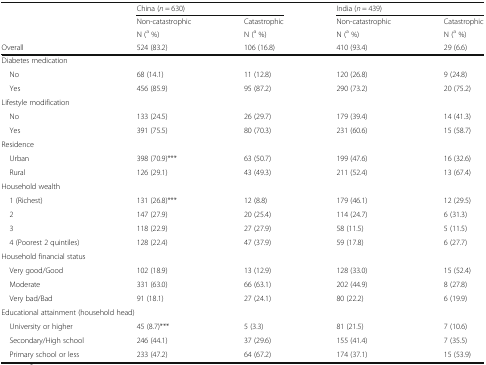
<table><thead><tr><td rowspan="3"></td><td colspan="2"><b>China (<i>n</i> = 630)</b></td><td colspan="2"><b>India (<i>n</i> = 439)</b></td></tr><tr><td><b>Non-catastrophic</b></td><td><b>Catastrophic</b></td><td><b>Non-catastrophic</b></td><td><b>Catastrophic</b></td></tr><tr><td><b>N (<sup>a</sup> %)</b></td><td><b>N (<sup>a</sup> %)</b></td><td><b>N (<sup>a</sup> %)</b></td><td><b>N (<sup>a</sup> %)</b></td></tr><tr><td><b>Overall</b></td><td><b>524 (83.2)</b></td><td><b>106 (16.8)</b></td><td><b>410 (93.4)</b></td><td><b>29 (6.6)</b></td></tr></thead><tbody><tr><td colspan="5">Diabetes medication</td></tr><tr><td> No</td><td>68 (14.1)</td><td>11 (12.8)</td><td>120 (26.8)</td><td>9 (24.8)</td></tr><tr><td> Yes</td><td>456 (85.9)</td><td>95 (87.2)</td><td>290 (73.2)</td><td>20 (75.2)</td></tr><tr><td colspan="5">Lifestyle modification</td></tr><tr><td> No</td><td>133 (24.5)</td><td>26 (29.7)</td><td>179 (39.4)</td><td>14 (41.3)</td></tr><tr><td> Yes</td><td>391 (75.5)</td><td>80 (70.3)</td><td>231 (60.6)</td><td>15 (58.7)</td></tr><tr><td colspan="5">Residence</td></tr><tr><td> Urban</td><td>398 (70.9)***</td><td>63 (50.7)</td><td>199 (47.6)</td><td>16 (32.6)</td></tr><tr><td> Rural</td><td>126 (29.1)</td><td>43 (49.3)</td><td>211 (52.4)</td><td>13 (67.4)</td></tr><tr><td colspan="5">Household wealth</td></tr><tr><td> 1 (Richest)</td><td>131 (26.8)***</td><td>12 (8.8)</td><td>179 (46.1)</td><td>12 (29.5)</td></tr><tr><td> 2</td><td>147 (27.9)</td><td>20 (25.4)</td><td>114 (24.7)</td><td>6 (31.3)</td></tr><tr><td> 3</td><td>118 (22.9)</td><td>27 (27.9)</td><td>58 (11.5)</td><td>5 (11.5)</td></tr><tr><td> 4 (Poorest 2 quintiles)</td><td>128 (22.4)</td><td>47 (37.9)</td><td>59 (17.8)</td><td>6 (27.7)</td></tr><tr><td colspan="5">Household financial status</td></tr><tr><td> Very good/Good</td><td>102 (18.9)</td><td>13 (12.9)</td><td>128 (33.0)</td><td>15 (52.4)</td></tr><tr><td> Moderate</td><td>331 (63.0)</td><td>66 (63.1)</td><td>202 (44.9)</td><td>8 (27.8)</td></tr><tr><td> Very bad/Bad</td><td>91 (18.1)</td><td>27 (24.1)</td><td>80 (22.2)</td><td>6 (19.9)</td></tr><tr><td colspan="5">Educational attainment (household head)</td></tr><tr><td> University or higher</td><td>45 (8.7)***</td><td>5 (3.3)</td><td>81 (21.5)</td><td>7 (10.6)</td></tr><tr><td> Secondary/High school</td><td>246 (44.1)</td><td>37 (29.6)</td><td>155 (41.4)</td><td>7 (35.5)</td></tr><tr><td> Primary school or less</td><td>233 (47.2)</td><td>64 (67.2)</td><td>174 (37.1)</td><td>15 (53.9)</td></tr></tbody></table>